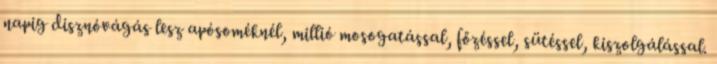
napig disznóvágás lesz apósoméknél, millió mosogatással, főzéssel, sütéssel, kiszolgálással.